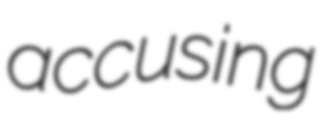
accusing